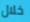
خلال